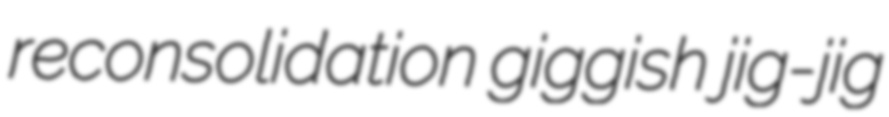
reconsolidation giggish jig-jig